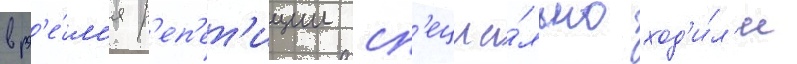
вр'е́м'я р'еп'ет'иции сп'ециа́льно ход'и́л'и